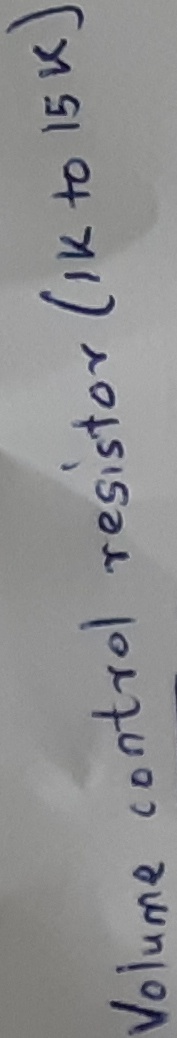
Text: Volume control Resistor(1k to 15k)